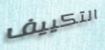
التكييف